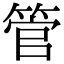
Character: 管